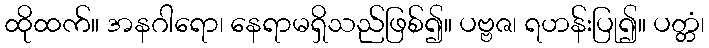
ထိုထက်။ အနဂါရော၊ နေရာမရှိသည်ဖြစ်၍။ ပဗ္ဗဇ၊ ရဟန်းပြု၍။ ပတ္တံ၊